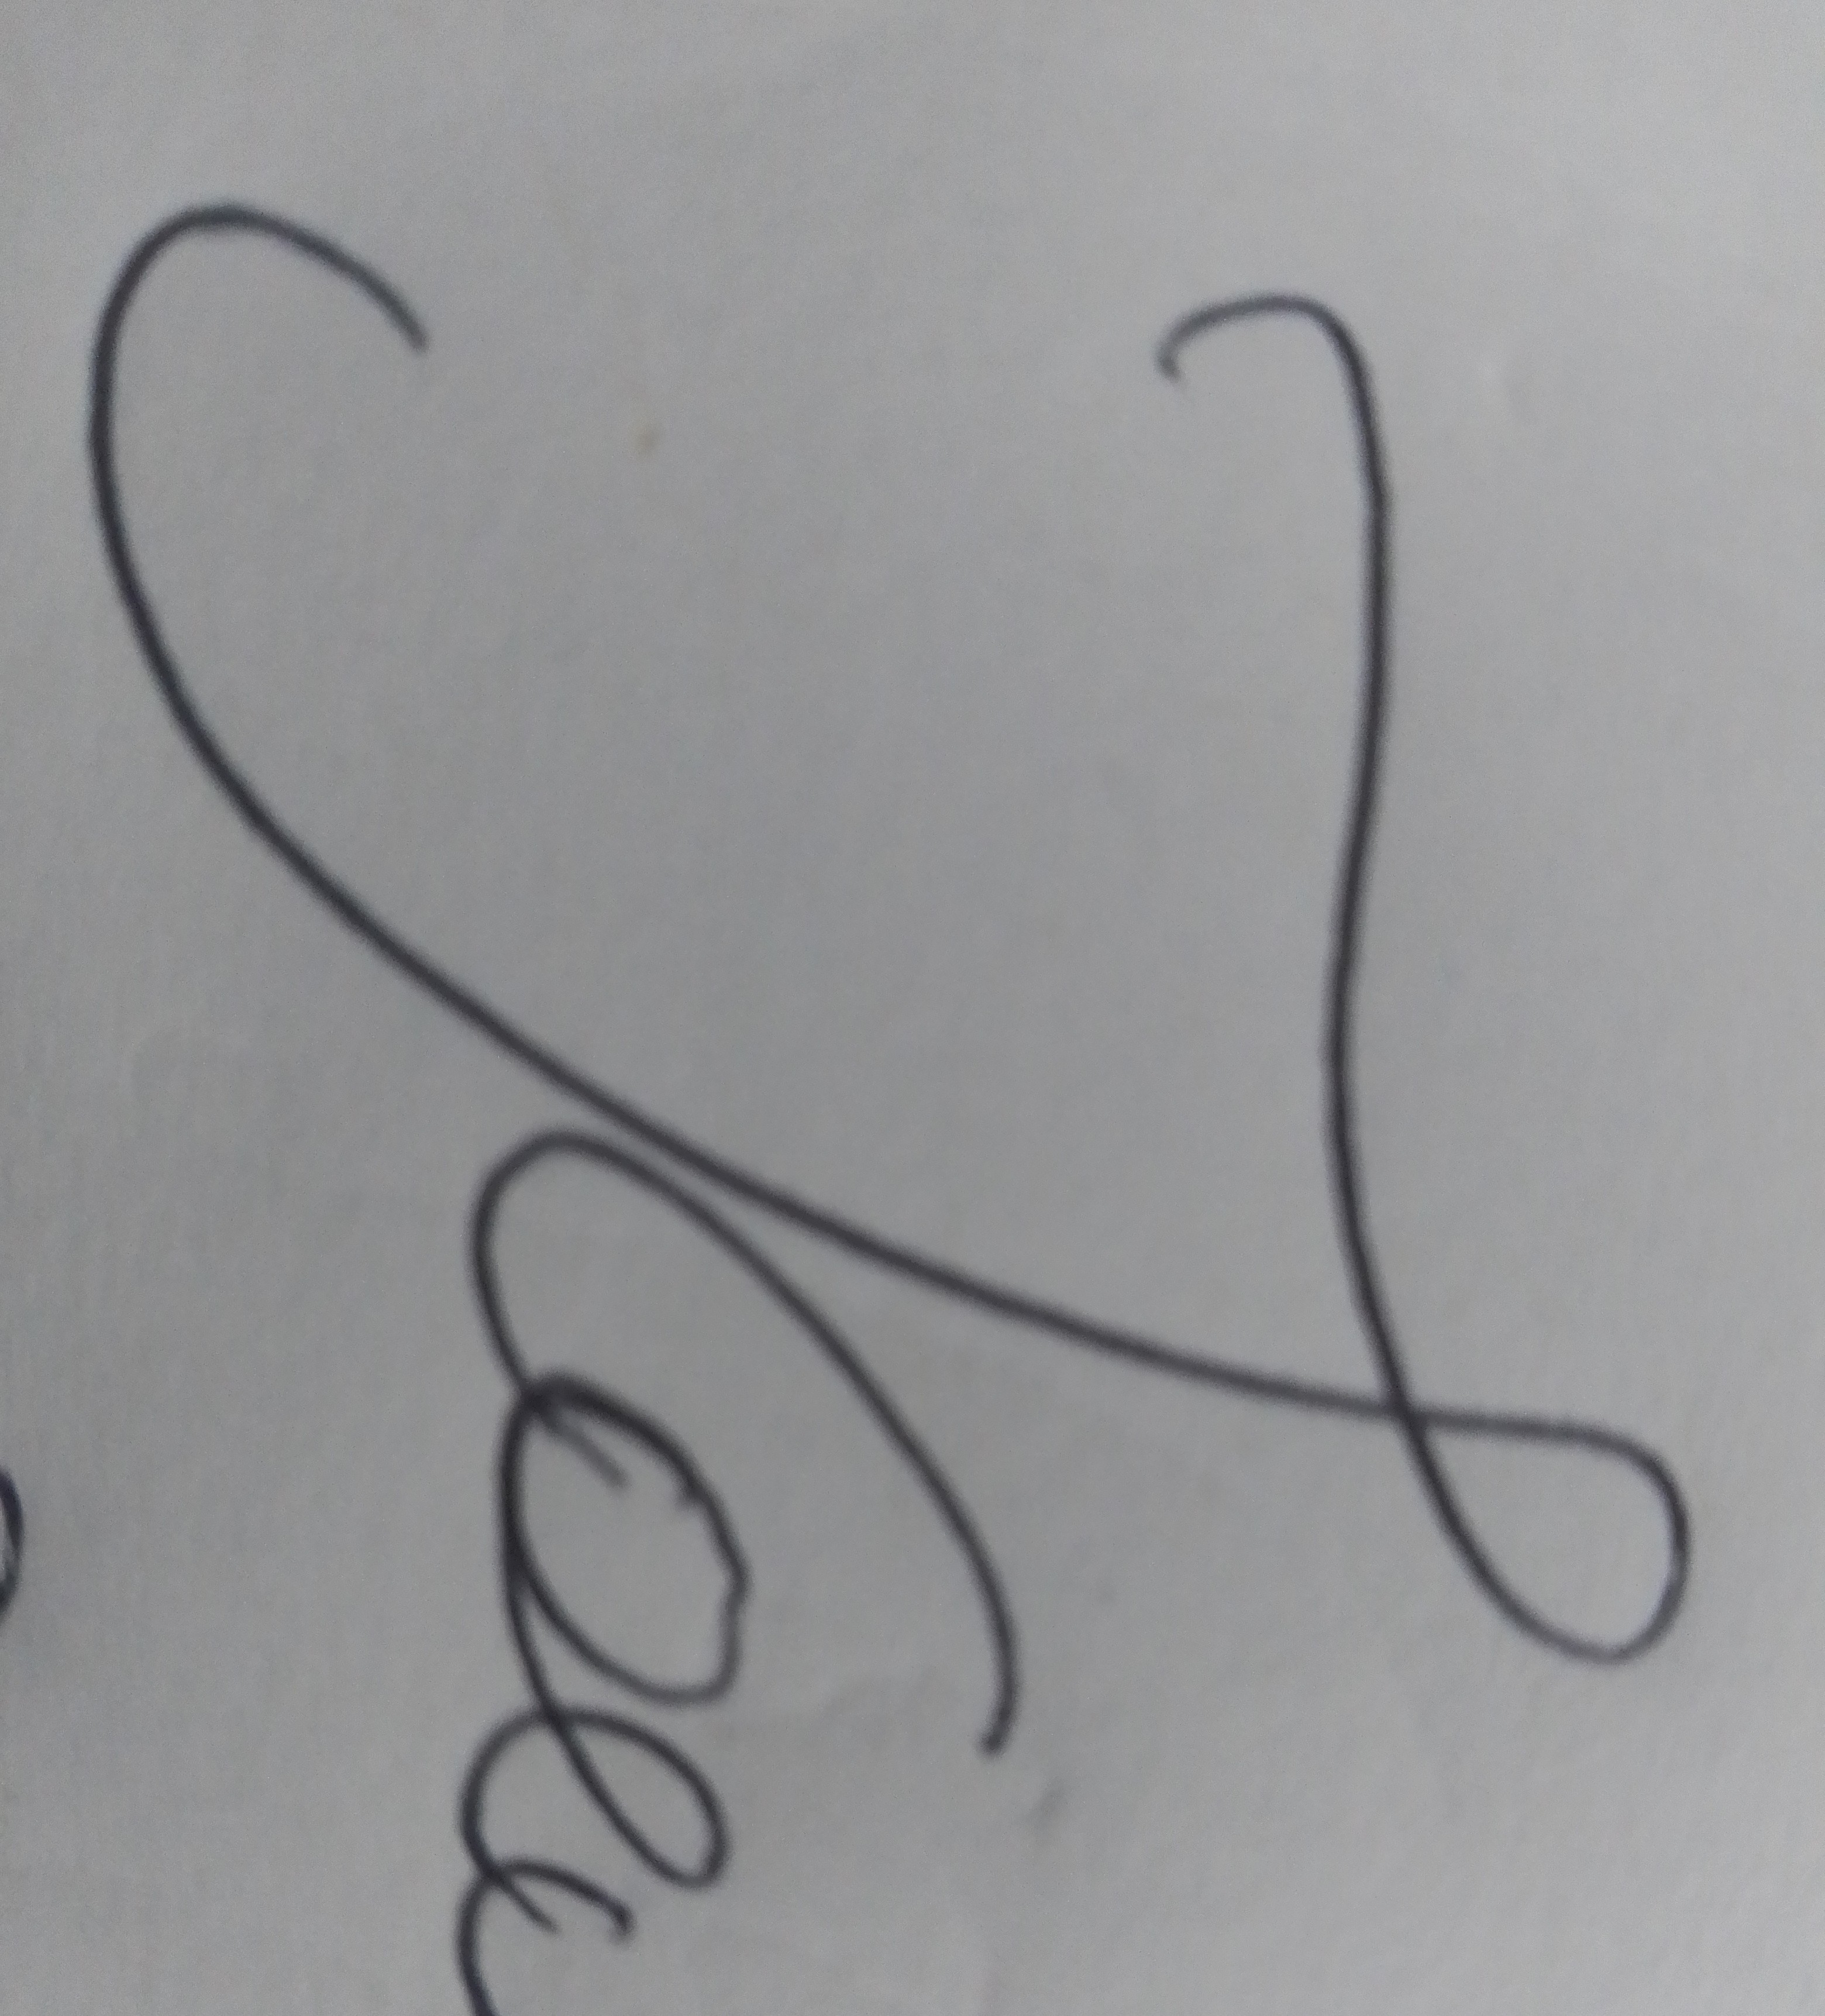
Signature authenticity: forged